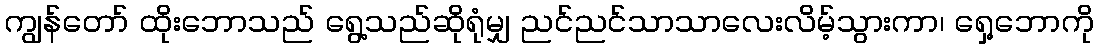
ကျွန်တော် ထိုးဘောသည် ရွေ့သည်ဆိုရုံမျှ ညင်ညင်သာသာလေးလိမ့်သွားကာ၊ ရှေ့ဘောကို